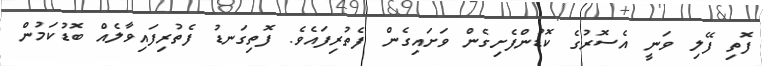
ފޮތި ފޭލި ވަނީ އެސޮރުގެ ކޮޑުންފެށިގެން ވަށައިގެން ފެތުރިފައެވެ. ފޮތިގަނޑު ފެތުރިފައިވާލެއް ބޮޑުކަމުން